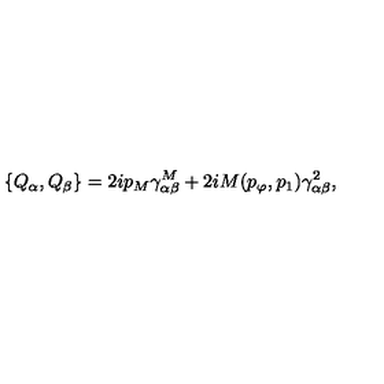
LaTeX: \{ Q _ { \alpha } , Q _ { \beta } \} = 2 i p _ { M } \gamma _ { \alpha \beta } ^ { M } + 2 i M ( p _ { \varphi } , p _ { 1 } ) \gamma _ { \alpha \beta } ^ { 2 } ,